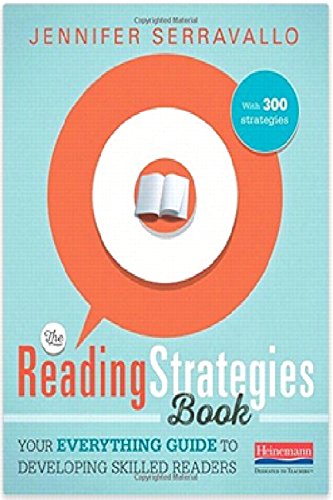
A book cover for The Reading Strategies Book: Your Everything Guide to Developing Skilled Readers; Jennifer Serravallo; Education & Teaching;